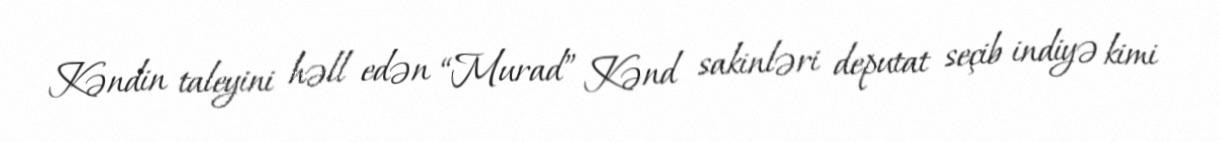
Kəndin taleyini həll edən “Murad” Kənd sakinləri deputat seçib indiyə kimi